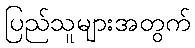
ပြည်သူများအတွက်